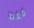
فقط